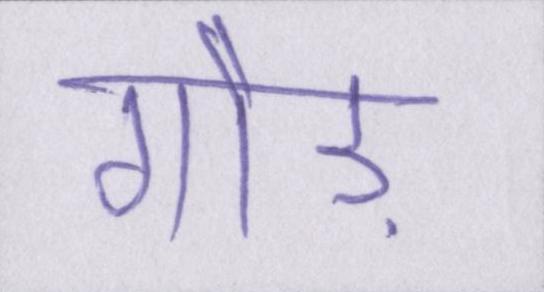
गौड़